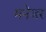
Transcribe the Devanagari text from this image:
मनेजर